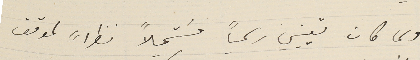
ولما كان تعييني رسمياً مسَتحيلاً نظراً لموقف